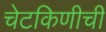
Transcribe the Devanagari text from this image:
चेटकिणीची